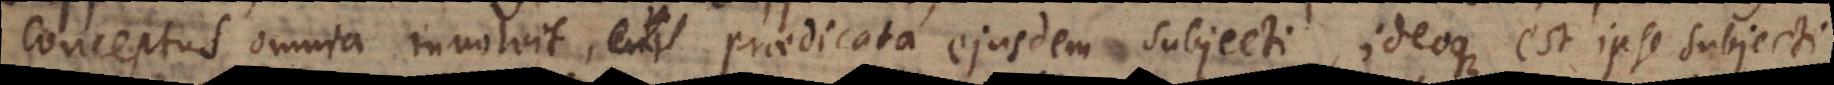
nceptus omnia involvit praedicata ejusdem subjecti, ideoque est ipse subjecti